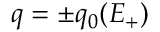
q = \pm q _ { 0 } ( E _ { + } )